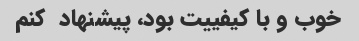
خوب و با کیفییت بود، پیشنهاد  کنم